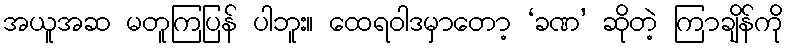
အယူအဆ မတူကြပြန် ပါဘူး။ ထေရဝါဒမှာတော့ ‘ခဏ’ ဆိုတဲ့ ကြာချိန်ကို